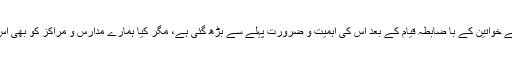
ہمارے خیال میں قومی کمیشن برائے خواتین کے با ضابطہ قیام کے بعد اس کی اہمیت و ضرورت پہلے سے بڑھ گئی ہے، مگر کیا ہمارے مدارس و مراکز کو بھی اس ضرورت کا احساس ہو جائے گا؟